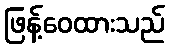
ဖြန့်ဝေထားသည်